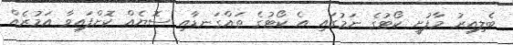
ބެލިއިރު މާފުށީ ކޯޓުގެ ނަމުގައި އެ ކޯޓުގެ ތައްގަނޑާއި ސޮޔެއް ކޮށްފައިވާ އަމުރެއް